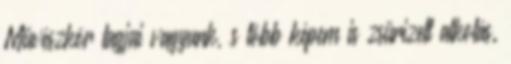
Művészkör tagjai vagyunk, s több képem is zsűrizett alkotás.